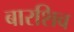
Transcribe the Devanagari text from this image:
बारशिव